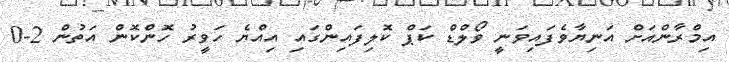
އިމްރާންއަށް އަނިޔާވެފައިވަނީ ވޯލްޑް ކަޕް ކޮލިފައިންގައި އިއްޔެ ހަވީރު ހޮންކޮން އަތުން 2-0